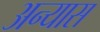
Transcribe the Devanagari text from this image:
अन्यास